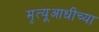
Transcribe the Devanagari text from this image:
मृत्यूआधीच्या